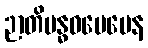
ဉာတိဗန္ဓဝပေမေန